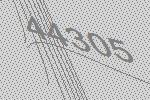
44305